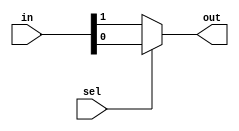
// this is a design for 2-1 MUX at dataflow level

module mux_2_1 (out,sel,in);

output out;
input sel;
input [1:0] in;

assign out = sel ? in[0] : in[1];

endmodule 

module mux_2_1_df_top ();

wire out;
reg [1:0] in;
reg sel;

mux_2_1 mux(out,sel,in);

initial
begin
	in = 2'b10;
	#5 sel = 0; //out = 1
	#5 sel = 1; //out = 0	

end

initial
	$monitor("@ %gns out[%b] ----> sel[%b] and in0[%b] in1[%b]",$time,out,sel,in[0],in[1]);
endmodule